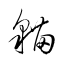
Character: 貓